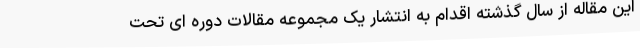
این مقاله از سال گذشته اقدام به انتشار یک مجموعه مقالات دوره ای تحت